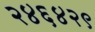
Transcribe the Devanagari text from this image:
२४६४२९